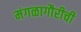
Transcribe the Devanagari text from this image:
मंगळागौरीची